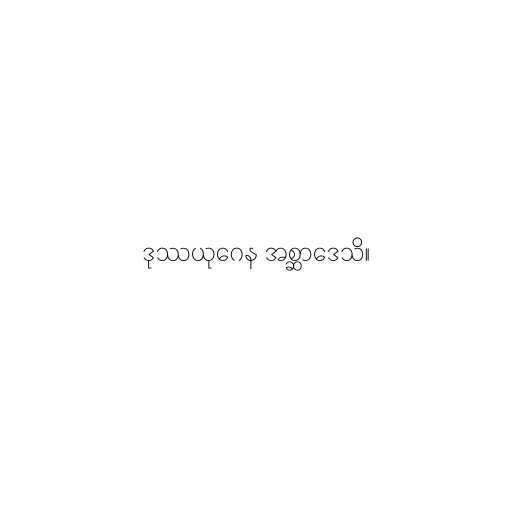
ဒုဿယုဂေန အစ္ဆာဒေသိ။